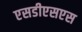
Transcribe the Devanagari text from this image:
एसडीएसएस